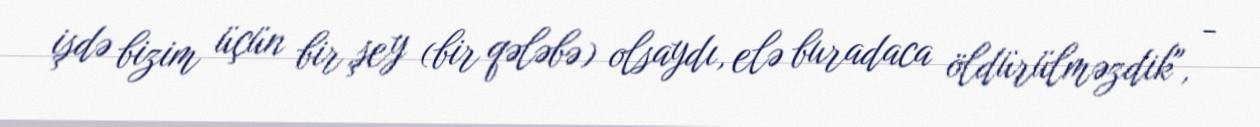
işdə bizim üçün bir şey (bir qələbə) olsaydı, elə buradaca öldürülməzdik", -